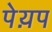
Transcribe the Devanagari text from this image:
पेय़प